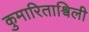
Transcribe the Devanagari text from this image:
कुमारिताश्विली